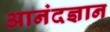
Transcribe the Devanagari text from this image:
आनंदज्ञान